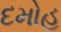
દમોહ